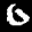
Label: 0